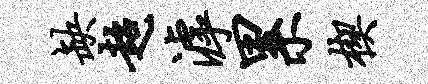
缺超滹累楔